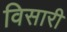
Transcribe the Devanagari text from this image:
विसारी